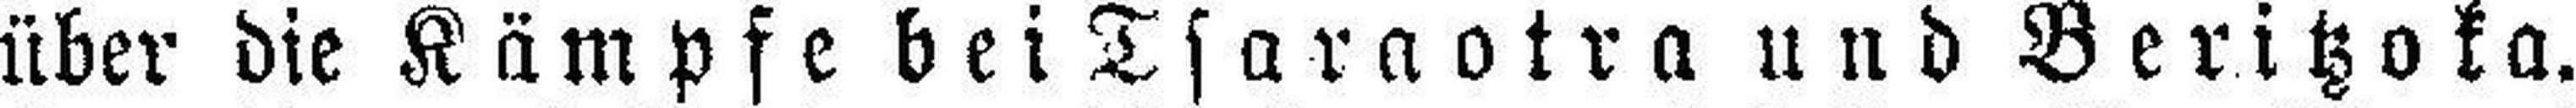
über die Kämpfe bei Tsaraotra und Beritzoka.